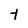
Character: t